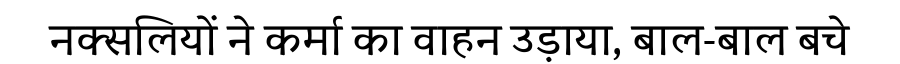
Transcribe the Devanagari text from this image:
नक्सलियों ने कर्मा का वाहन उड़ाया, बाल-बाल बचे